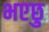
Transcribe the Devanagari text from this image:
भएछु